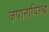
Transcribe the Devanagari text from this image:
जपानाविरुद्ध